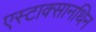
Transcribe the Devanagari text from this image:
एस्टाक्सानथिन